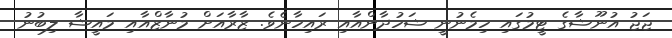
ޖަޖު އުނޫޝާގެ ޓީމުގައި ހިމެނުނީ ޝަހުދާންއާއި ރައިހާނެވެ. ޒާރާއަށް މުނާޒްއާއި މައީޝާ ލިބުނު